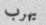
يهرب